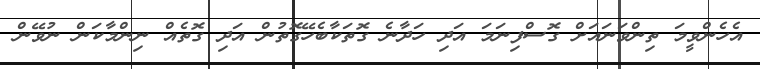
އެހެންވީމަ ތިންވަނައަށް ގޮސްފިނަމަ އަދި ހަދާނެ ގޮތަކާބެހޭގޮތުން އަދި ގޮތެއް ނިންމާކަން ނުވޭން